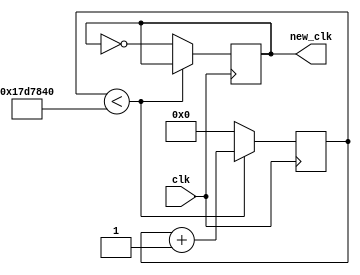
	module secondsClock(input clk, output reg new_clk);
	reg[24:0] count = 0;
	
	always @(posedge clk) begin	
			if(count < 25000000) begin //using 50 MHz clock (pin P11)
				count = count + 1; //add to counter until it reaches 25000000, then update new_clk 
			end else begin
				count = 0;
				new_clk = ~new_clk;
			end
	end
endmodule